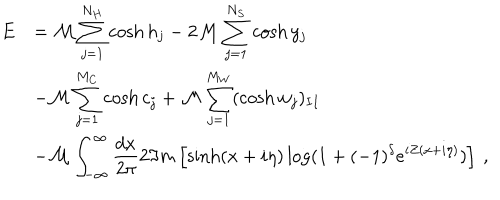
\begin{array} { r l } { { \displaystyle E } } & { { = { \cal M } \displaystyle \sum _ { j = 1 } ^ { N _ { H } } \cosh h _ { j } - 2 { \cal M } \displaystyle \sum _ { j = 1 } ^ { N _ { S } } \cosh y _ { j } } } \\ { { } } & { { - { \cal M } \displaystyle \sum _ { j = 1 } ^ { M _ { C } } \cosh c _ { j } + { \cal M } \displaystyle \sum _ { j = 1 } ^ { M _ { W } } ( \cosh w _ { j } ) _ { I I } } } \\ { { } } & { { - { \cal M } \displaystyle \int _ { - \infty } ^ { \infty } \displaystyle \frac { d x } { 2 \pi } 2 \Im m \left[ \sinh ( x + i \eta ) \log ( 1 + ( - 1 ) ^ { \delta } e ^ { i Z ( x + i \eta ) } ) \right] \: , } } \\ \end{array}